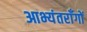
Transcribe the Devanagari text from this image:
आभ्यंतराँगों